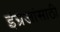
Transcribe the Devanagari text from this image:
इंग्रजांसाठी